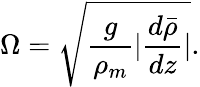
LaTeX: \Omega=\sqrt{\frac{g}{\rho_{m}}\lvert\frac{d\bar{\rho}}{dz}\rvert}.